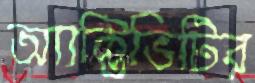
অ্যাক্টিভিটির